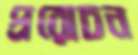
প্ররোচন